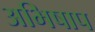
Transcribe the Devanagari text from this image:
अभिषाप